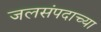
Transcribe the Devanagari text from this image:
जलसंपदाच्या